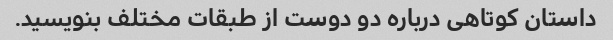
داستان کوتاهی درباره دو دوست از طبقات مختلف بنویسید.